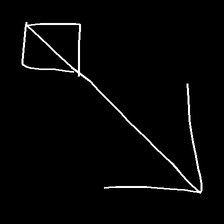
Glyph: focus